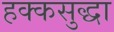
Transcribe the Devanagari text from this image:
हक्कसुद्धा